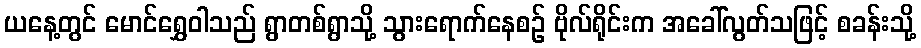
ယနေ့တွင် မောင်ရွှေဝါသည် ရွာတစ်ရွာသို့ သွားရောက်နေစဉ် ဗိုလ်ရိုင်းက အခေါ်လွတ်သဖြင့် စခန်းသို့